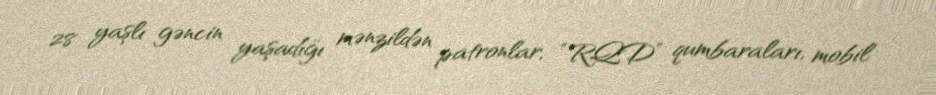
28 yaşlı gəncin yaşadığı mənzildən patronlar, “RQD” qumbaraları, mobil